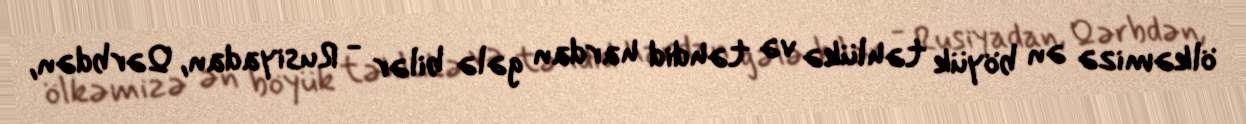
ölkəmizə ən böyük təhlükə və təhdid hardan gələ bilər - Rusiyadan, Qərbdən,